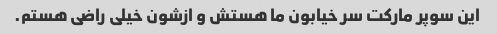
این سوپر مارکت سر خیابون ما هستش و ازشون خیلی راضی هستم.